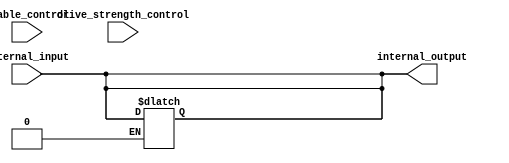
module io_block (
    input wire external_input,
    output reg internal_output,
    input wire drive_strength_control,
    input wire enable_control
);

assign internal_output = external_input;

// Buffer the input signal to ensure signal integrity
always @ (external_input)
begin
    internal_output <= external_input;
end

// Drive strength control
assign internal_output = drive_strength_control ? internal_output : 1'bz;

// Input and output enable controls
assign internal_output = enable_control ? internal_output : 1'bz;

endmodule